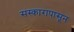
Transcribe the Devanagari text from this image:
संस्कारापासून